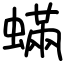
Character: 蟎